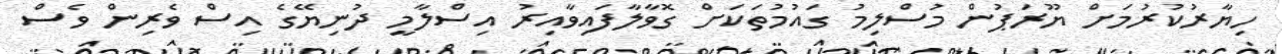
ހިޔާރުކުރުމަށް ޔޫރަޕުން މުސްލިމު ގައުމުތަކަށް ގޮވާލާފައިވާއިރު އިސްލާމީ ދުނިޔޭގެ އިސް ވެރިން ވެސް